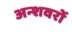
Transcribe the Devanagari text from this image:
अन्शवरों